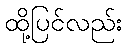
ထို့ပြင်လည်း